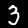
Digit: 3